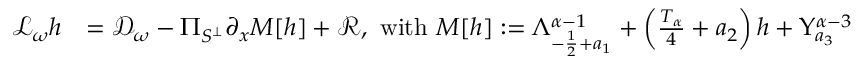
\begin{array} { r l } { \mathcal { L } _ { \omega } h } & { = \mathcal { D } _ { \omega } - \Pi _ { S ^ { \perp } } \partial _ { x } M [ h ] + \mathcal { R } , \mathrm { ~ w i t h ~ } M [ h ] : = \Lambda _ { - \frac { 1 } { 2 } + a _ { 1 } } ^ { \alpha - 1 } + \left( \frac { T _ { \alpha } } { 4 } + a _ { 2 } \right) h + \Upsilon _ { a _ { 3 } } ^ { \alpha - 3 } } \end{array}